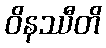
ဝိနဿီတိ